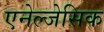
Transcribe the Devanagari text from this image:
एनेल्जेसिक